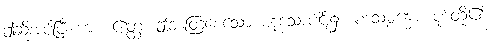
ဤဆိုအပ်ပြီးကား။ ဧတ္ထ၊ ဤတတြစေသော ဟူသောပါဌ်၌။ ပဒသမ္ဗန္ဓော၊ ပုဒ်တို့၏